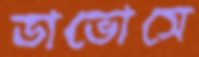
ডাভোসে